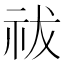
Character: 祓